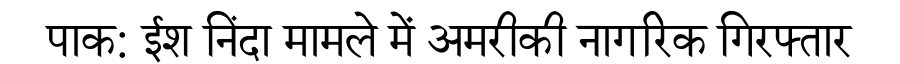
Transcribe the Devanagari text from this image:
पाक: ईश निंदा मामले में अमरीकी नागरिक गिरफ्तार